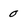
Character: 0